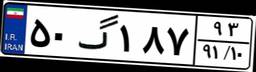
۵۰گ۱۸۷۹۳